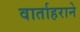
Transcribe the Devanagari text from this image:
वार्ताहराने